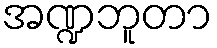
အဏ္ဍဘူတာ